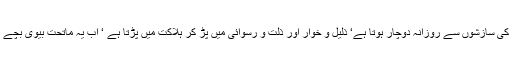
زمین میں دھنسنے کا واقعہ تو ساز و نادر ہی ہوا کرتا ہے جبکہ انسان اپنے ماتحتوں کی سازشوں سے روزانہ دوچار ہوتا ہے‘ ذلیل و خوار اور ذلت و رسوائی میں پڑ کر ہلاکت میں پڑتا ہے ‘ اب یہ ماتحت بیوی بچے ہوں‘ ملازم ہوں ‘ ماتحت کام کرنے والے ہوں یا پھر وزیر مشیر ہوں یا کوئی اور ہو۔